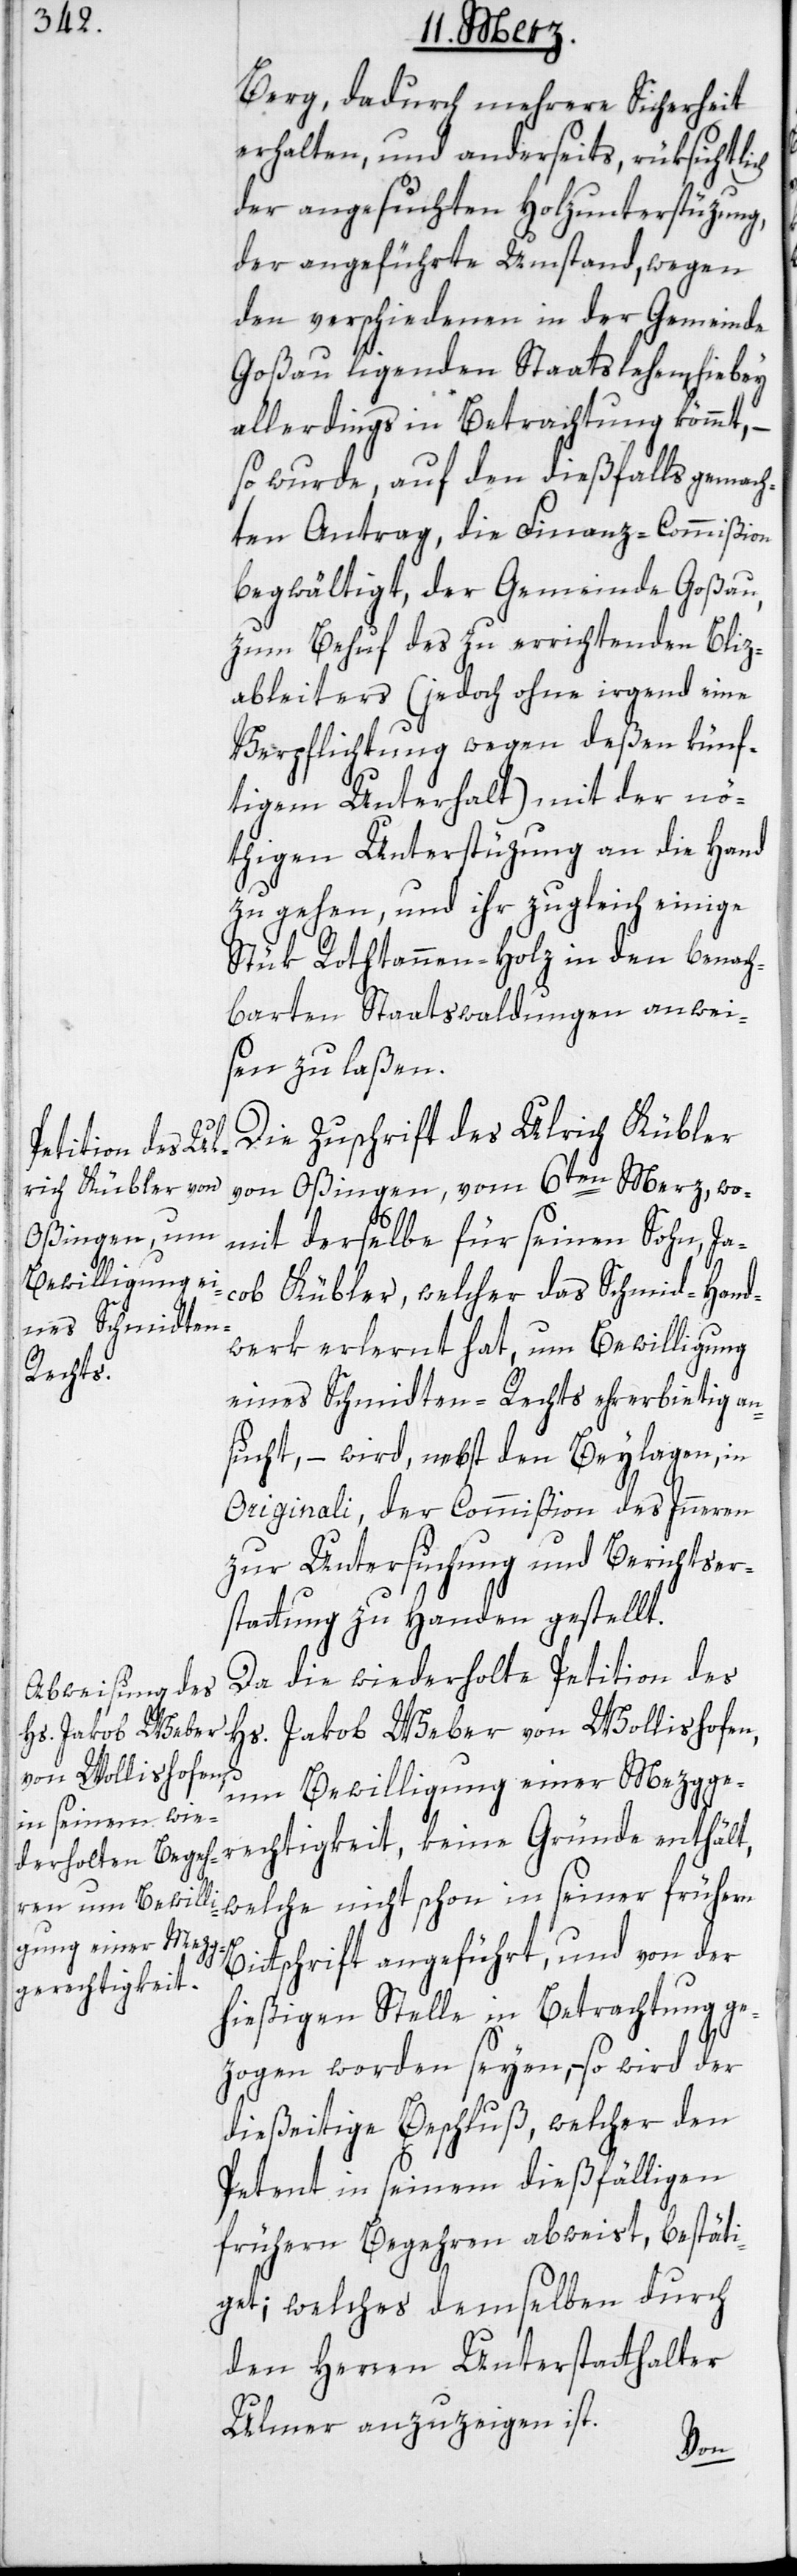
Berg, dadurch mehrere Sicherheit
erhalten, und anderseits, rüksichtli¬
der angesuchten Holzunterstüzung,
der angeführte Umstand, wegen
den verschiedenen in der Gemeinde
Goßau liegenden Staatslehen, hiebey
allerdings in Betrachtung kömmt, –
so wurde, auf den dießfalls gemach¬
ten Antrag, die Finanz-Commißion
begwältigt, der Gemeinde Goßau,
zum Behuf des zu errichtenden Bliz¬
ableiters (jedoch ohne irgend eine
Verpflichtung wegen deßen künf¬
tigem Unterhalt) mit der nö¬
thigen Unterstüzung an die Hand
zu gehen, und ihr zugleich einige
Stük Rothtannen-Holz in den benach¬
barten Staatswaldungen anwei¬
sen zu laßen.
Die Zuschrift des Ulrich Kübler
von Oßingen, vom 6ten Merz, wo¬
mit derselbe für seinen Sohn, Ja¬
cob Kübler, welcher das Schmid-Hand¬
werk erlernt hat, um Bewilligung
eines Schmidten-Rechts ehrerbietig an¬
sucht, – wird nebst den Beylagen, in
Originali, der Commißion des Inneren
zur Untersuchung und Berichtser¬
stattung zu Handen gestellt.
Da die wiederholte Petition des
Hs. Jakob Weber von Wollishofen,
ch
um Bewilligung einer Mezgge¬
rechtigkeit, keine Gründe enthält,
welche nicht schon in seiner frühern
Bittschrift angeführt, und von der
hießigen Stelle in Betrachtung ge¬
zogen worden seyen, – so wird der
dießeitige Beschluß, welcher den
Petent in seinem dießfälligen
frühern Begehren abweist, bestäti¬
get; welches demselben durch
den Herren Unterstatthalter
Ulmer anzuzeigen ist.